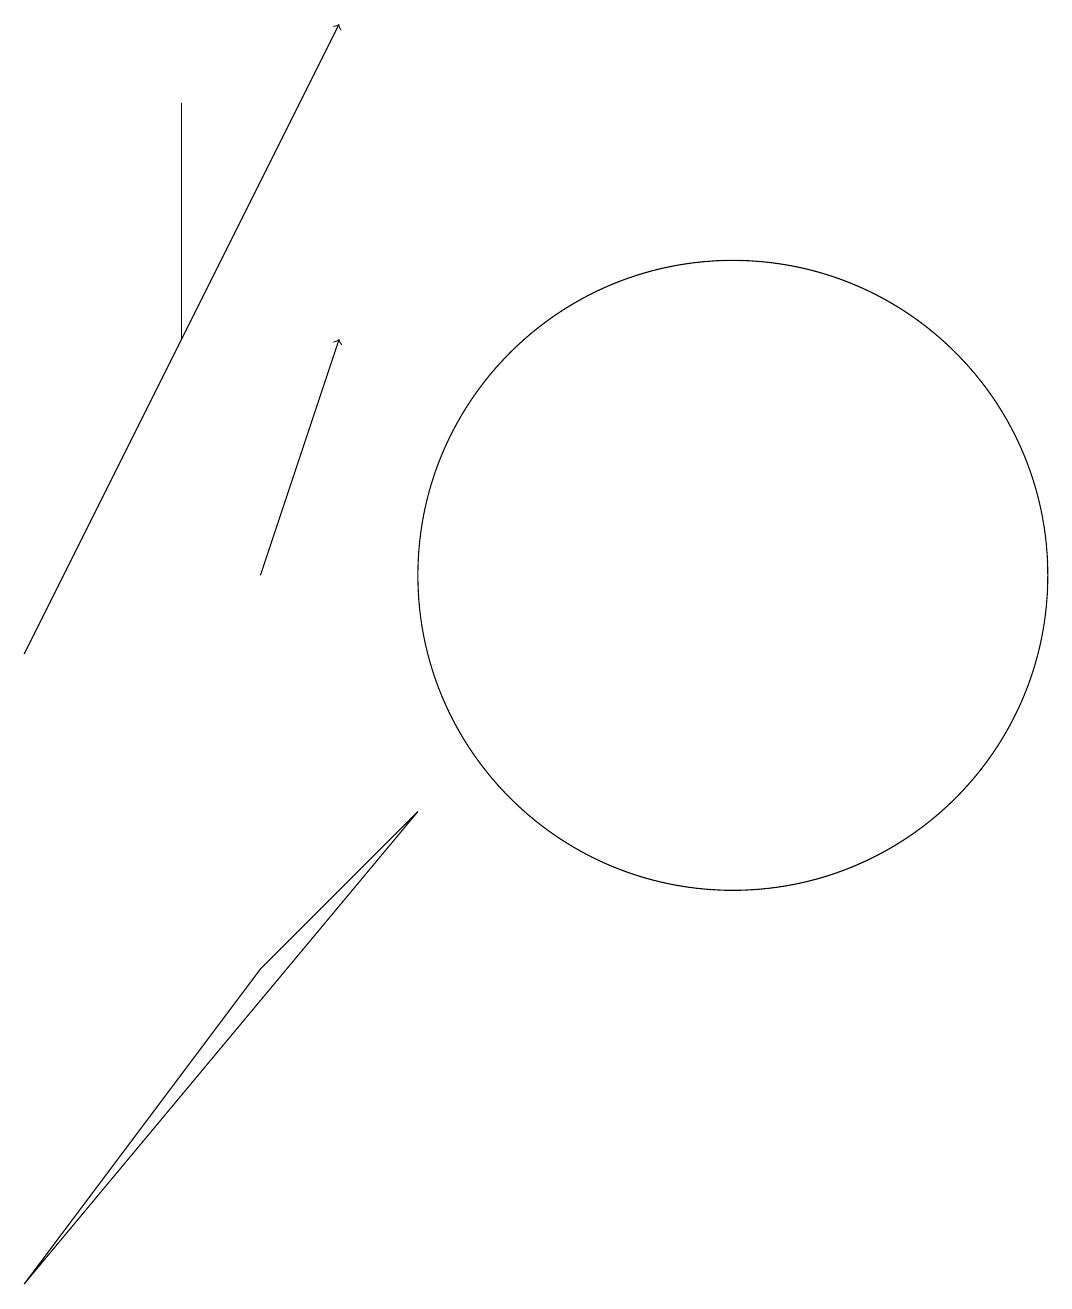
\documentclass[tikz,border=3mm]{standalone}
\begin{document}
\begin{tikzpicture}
\draw (10,12) circle (4);
\draw (3,15) rectangle (3,18);
\draw[->] (4,12) -- (5,15);
\draw[->] (1,11) -- (5,19);
\draw (1,3) -- (4,7) -- (6,9) -- cycle;
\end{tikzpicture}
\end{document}